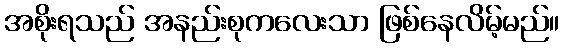
အစိုးရသည် အနည်းစုကလေးသာ ဖြစ်နေလိမ့်မည်။